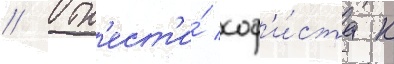
// Отн'ест'и́ соф'и́ста к